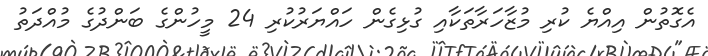
އެގޮތުން އިއްޔެ ކުރި މުޒާހަރާތަކާއި ގުޅިގެން ހައްޔަރުކުރި 24 މީހުންގެ ބަންދުގެ މުއްދަތު